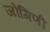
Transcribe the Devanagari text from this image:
जोगिणी